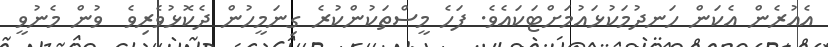
އެއުރެން އެކަން ހަނދުމަކުޅައުމަށްޓަކައެވެ. ފަހެ މީސްތަކުންކުރެ ގިނަމީހުން ދެކޮޅުވެރިވެ  ވުން މެނުވީ